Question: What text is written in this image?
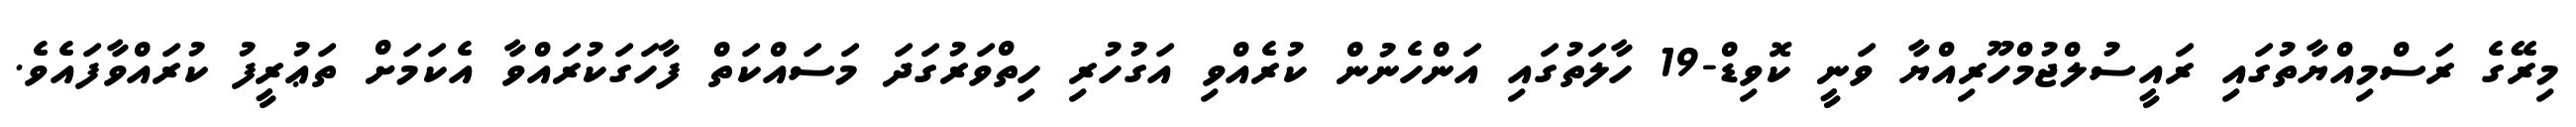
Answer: މިރޭގެ ރަސްމިއްޔާތުގައި ރައީސުލްޖުމްހޫރިއްޔާ ވަނީ ކޮވިޑް-19 ހާލަތުގައި އަންހެނުން ކުރެއްވި އަގުހުރި ހިތްވަރުގަދަ މަސައްކަތް ފާހަގަކުރައްވާ އެކަމަށް ތަޢުރީފު ކުރައްވާފައެވެ.